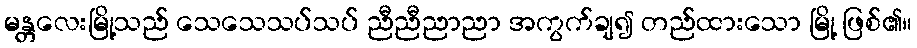
မန္တလေးမြို့သည် သေသေသပ်သပ် ညီညီညာညာ အကွက်ချ၍ တည်ထားသော မြို့ ဖြစ်၏။